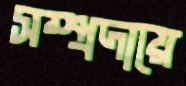
সম্প্রদায়ে